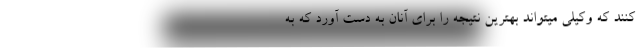
کنند که وکیلی میتواند بهترین نتیجه را برای آنان به دست آورد که به